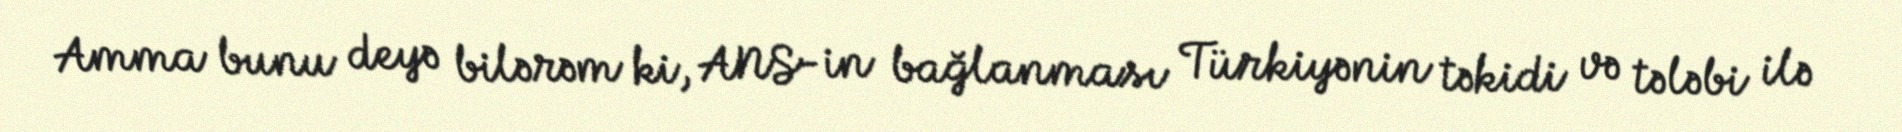
Amma bunu deyə bilərəm ki, ANS-in bağlanması Türkiyənin təkidi və tələbi ilə